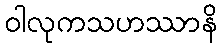
ဝါလုကသဟဿာနိ